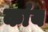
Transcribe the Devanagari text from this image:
कांय